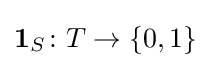
\mathbf {1} _{S}\colon T\to \{0,1\}